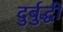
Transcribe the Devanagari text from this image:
दुर्बुद्धी